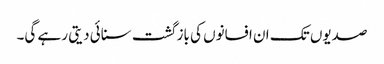
صدیوں تک ان افسانوں کی باز گشت سنائی دیتی رہے گی۔